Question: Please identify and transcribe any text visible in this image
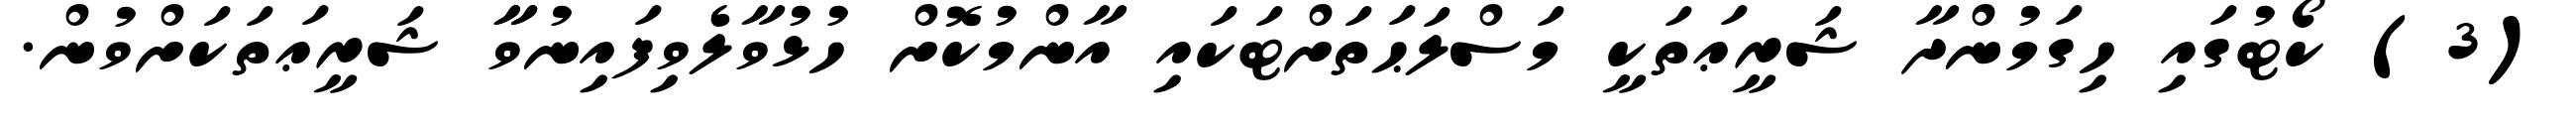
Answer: (3) ކޯޓުގައި ހިގަމުންދާ ޝަރީޢަތަކީ މަސްލަޙަތަށްޓަކައި އާންމުކޮށް ހުޅުވާލެވިފައިނުވާާ ޝަރީޢަތަކަށްވުން.